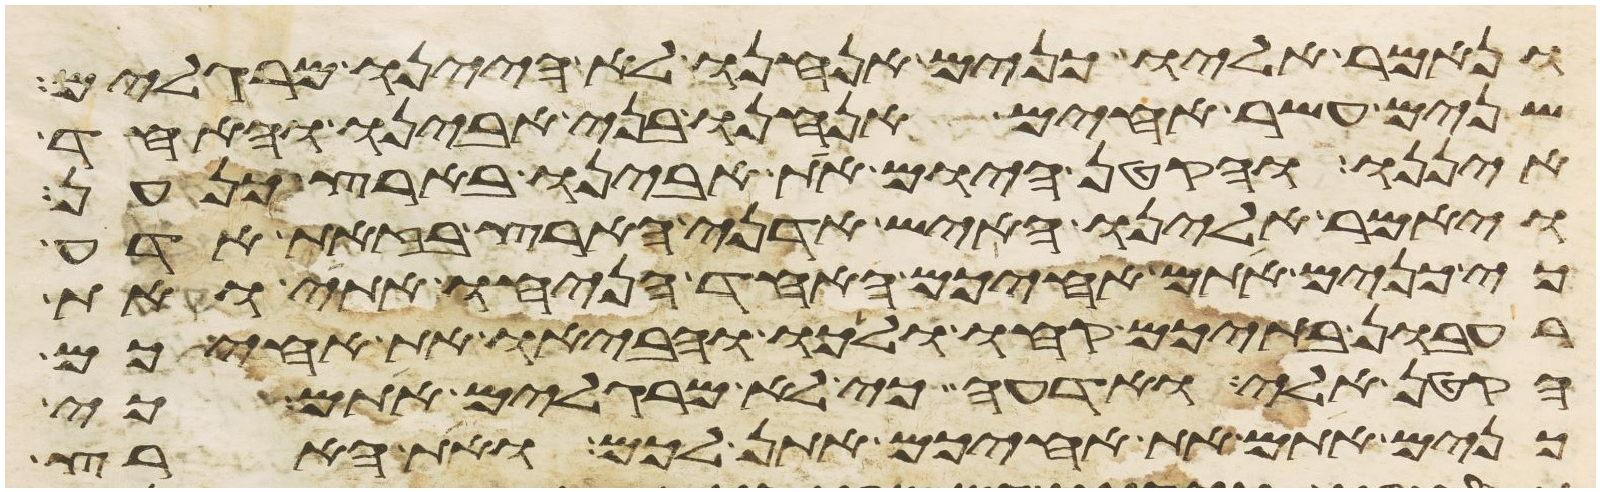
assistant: ונאמר אליו כנים אנחנו לא היינו מרגלים
שנים עשר אחים אנחנו בני אבינו והאחד
איננו והקטן היום את אבינו בארץ כנען
ויאמר אלינו האיש אדני הארץ בזאת אדע
כי כנים אתם אחיכם האחד הניחו אתי ואת
רעבון בתיכם קחו ולכו והביאו את אחיכם
הקטן אלי ואדעה כי לא מרגלים אתם כי
כנים אתם את אחיכם אתן לכם ואת הארץ